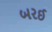
બરઈ